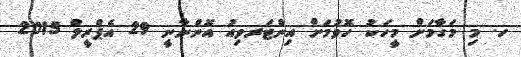
ހ. މި މަގާމަށް މީހަކު ހޮވުމަށް އިންޓަރވިއު އޮންނާނީ 29 އެޕްރީލް 2015